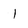
Character: 1